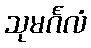
သုမင်္ဂလံ